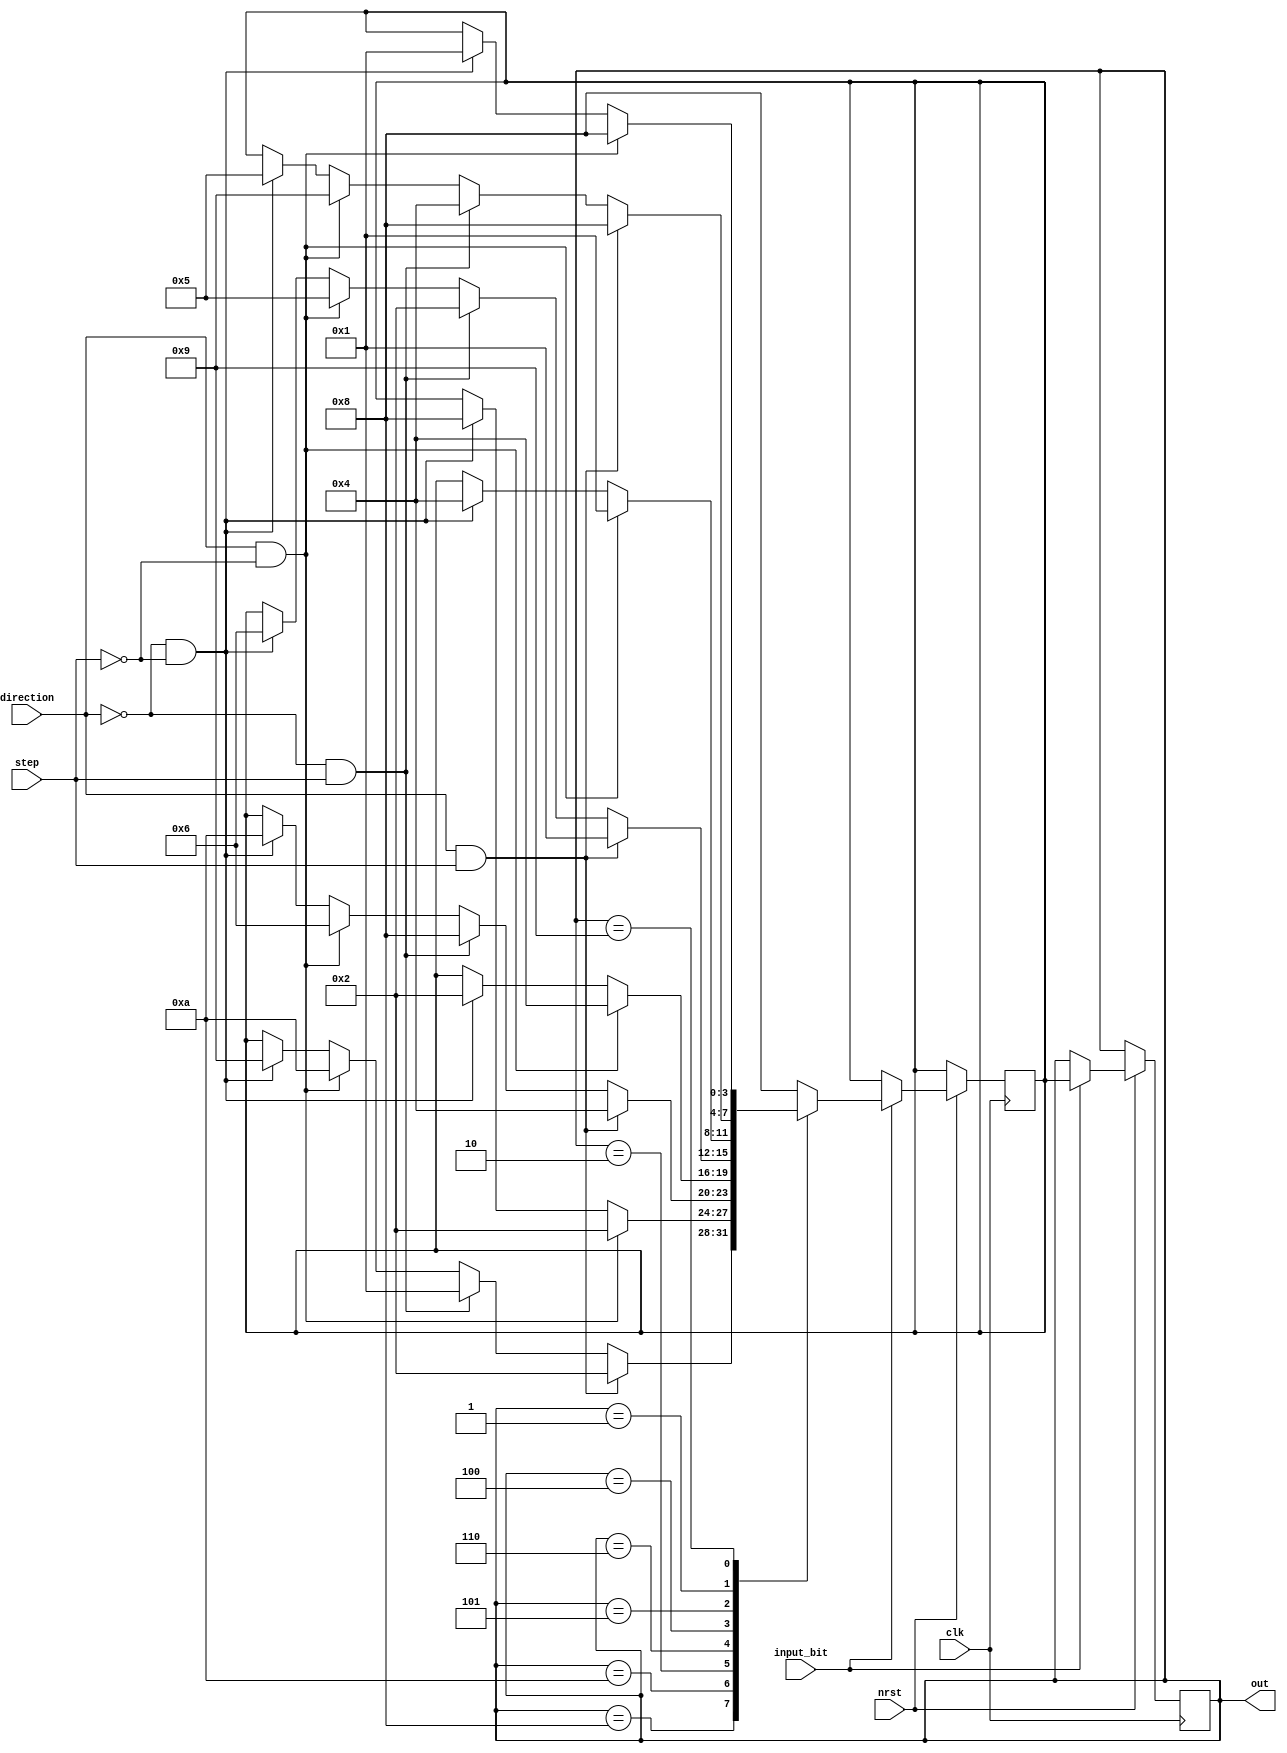
module motor_sm (clk,
					  nrst,
					  input_bit,
					  direction, 
					  step,
					  out);
					  
	// IO definition
	input wire clk;
	input wire nrst;
	input wire input_bit;
	input wire direction;
	input wire step;	// full step=1, half step=0
	output wire [3:0] out;
	
	// inner variables
	reg [3:0] cs;
	reg [3:0] ns;
	
	// parameters
	parameter A = 4'b1000,
				 AB = 4'b1010,
				 B = 4'b0010,
				 BC = 4'b0110,
				 C = 4'b0100,
				 CD = 4'b0101,
				 D = 4'b0001, 
				 DA = 4'b1001;

	// state machine 
	always @(posedge clk or negedge nrst)
	begin 
		if (~nrst)
			begin
			cs <= cs;
			end 
		else if (input_bit == 1'b1)
			begin 
				cs <= ns;
				
				case (cs)
					A: 
						if (direction == 1'b1 && step == 1'b1)
							ns = B;
						else if (direction == 1'b0 && step == 1'b1)
							ns = D;
						else if (direction == 1'b1 && step == 1'b0)
							ns = AB;
						else if (direction == 1'b0 && step == 1'b0)
							ns = DA;
					AB:
						if (direction == 1'b1 && step == 1'b0)
							ns = B;
						else if (direction == 1'b0 && step == 1'b0)
							ns = A;
					
					B:
						if (direction == 1'b1 && step == 1'b1)
							ns = C;
						else if (direction == 1'b0 && step == 1'b1)
							ns = A;
						else if (direction == 1'b1 && step == 1'b0)
							ns = BC;
						else if (direction == 1'b0 && step == 1'b0)
							ns = AB;
					
					BC:
						if (direction == 1'b1 && step == 1'b0)
							ns = C;
						else if (direction == 1'b0 && step == 1'b0)
							ns = B;
					
					C:
						if (direction == 1'b1 && step == 1'b1)
							ns = D;
						else if (direction == 1'b0 && step == 1'b1)
							ns = B;
						else if (direction == 1'b1 && step == 1'b0)
							ns = CD;
						else if (direction == 1'b0 && step == 1'b0)
							ns = BC;
					
					CD:
						if (direction == 1'b1 && step == 1'b0)
							ns = D;
						else if (direction == 1'b0 && step == 1'b0)
							ns = C;
					
					D:
						if (direction == 1'b1 && step == 1'b1)
							ns = A;
						else if (direction == 1'b0 && step == 1'b1)
							ns = C;
						else if (direction == 1'b1 && step == 1'b0)
							ns = DA;
						else if (direction == 1'b0 && step == 1'b0)
							ns = CD;
					
					DA:
						if (direction == 1'b1 && step == 1'b0)
							ns = A;
						else if (direction == 1'b0 && step == 1'b0)
							ns = D;
					default:
						ns = A;
				endcase
			end 
		end
 
	
assign out = cs;
	
endmodule